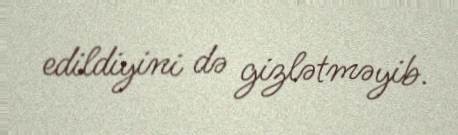
edildiyini də gizlətməyib.